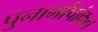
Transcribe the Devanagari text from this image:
पुनार्मापांकन